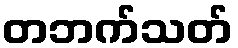
တဘက်သတ်